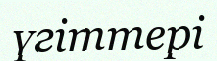
үгіттері